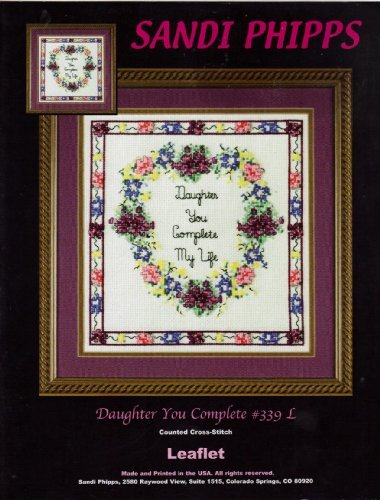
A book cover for Daughter You Complete My Life #339L Cross Stitch Pattern; Crafts, Hobbies & Home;